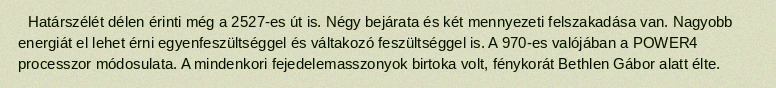
Határszélét délen érinti még a 2527-es út is. Négy bejárata és két mennyezeti felszakadása van. Nagyobb energiát el lehet érni egyenfeszültséggel és váltakozó feszültséggel is. A 970-es valójában a POWER4 processzor módosulata. A mindenkori fejedelemasszonyok birtoka volt, fénykorát Bethlen Gábor alatt élte.